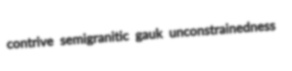
contrive semigranitic gauk unconstrainedness